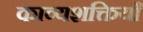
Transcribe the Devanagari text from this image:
काव्यशक्तियाँ